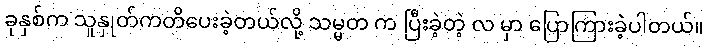
ခုနှစ်က သူနှုတ်ကတိပေးခဲ့တယ်လို့ သမ္မတ က ပြီးခဲ့တဲ့ လ မှာ ပြောကြားခဲ့ပါတယ်။